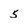
Character: 5